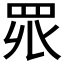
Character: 𭾪